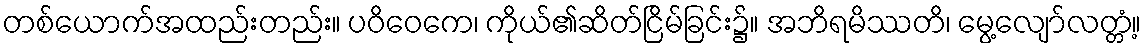
တစ်ယောက်အထည်းတည်း။ ပဝိဝေကေ၊ ကိုယ်၏ဆိတ်ငြိမ်ခြင်း၌။ အဘိရမိဿတိ၊ မွေ့လျော်လတ္တံ့။